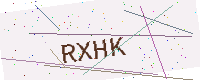
Text: RXHK